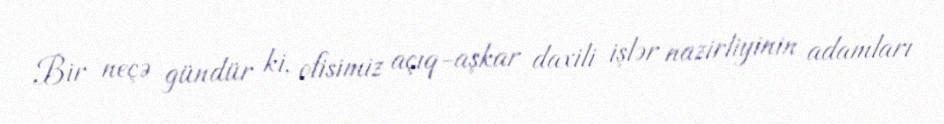
Bir neçə gündür ki, ofisimiz açıq-aşkar daxili işlər nazirliyinin adamları